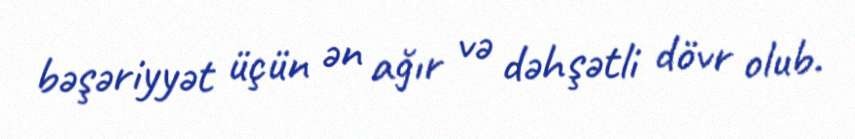
bəşəriyyət üçün ən ağır və dəhşətli dövr olub.